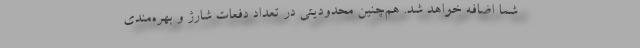
شما اضافه خواهد شد. هم‌چنین محدودیتی در تعداد دفعات شارژ و بهره‌مندی